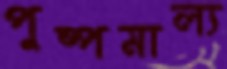
পুষ্পমাল্য